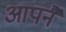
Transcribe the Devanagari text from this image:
आपनै